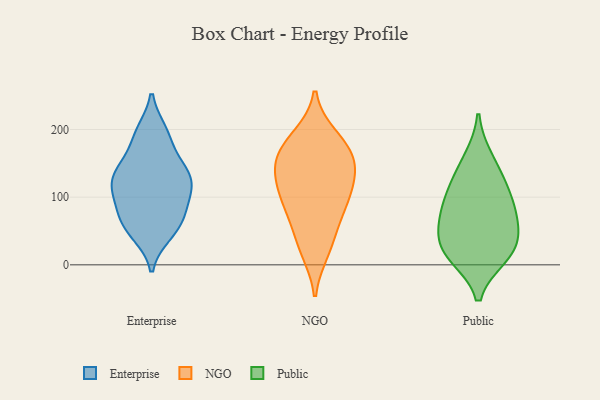
{"axis": {"x": "Budget (USD K)", "y": "Value"}, "legend": ["Enterprise", "NGO", "Public"], "data": [{"x": "", "y": 189, "type": "Enterprise"}, {"x": "", "y": 156, "type": "Enterprise"}, {"x": "", "y": 106, "type": "Enterprise"}, {"x": "", "y": 196, "type": "Enterprise"}, {"x": "", "y": 46, "type": "Enterprise"}, {"x": "", "y": 49, "type": "Enterprise"}, {"x": "", "y": 140, "type": "Enterprise"}, {"x": "", "y": 78, "type": "Enterprise"}, {"x": "", "y": 108, "type": "Enterprise"}, {"x": "", "y": 195, "type": "Enterprise"}, {"x": "", "y": 60, "type": "Enterprise"}, {"x": "", "y": 130, "type": "Enterprise"}, {"x": "", "y": 77, "type": "Enterprise"}, {"x": "", "y": 123, "type": "Enterprise"}, {"x": "", "y": 92, "type": "Enterprise"}, {"x": "", "y": 142, "type": "Enterprise"}, {"x": "", "y": 59, "type": "Enterprise"}, {"x": "", "y": 129, "type": "Enterprise"}, {"x": "", "y": 121, "type": "Enterprise"}, {"x": "", "y": 30, "type": "NGO"}, {"x": "", "y": 108, "type": "NGO"}, {"x": "", "y": 159, "type": "NGO"}, {"x": "", "y": 64, "type": "NGO"}, {"x": "", "y": 110, "type": "NGO"}, {"x": "", "y": 160, "type": "NGO"}, {"x": "", "y": 135, "type": "NGO"}, {"x": "", "y": 21, "type": "NGO"}, {"x": "", "y": 160, "type": "NGO"}, {"x": "", "y": 184, "type": "NGO"}, {"x": "", "y": 96, "type": "NGO"}, {"x": "", "y": 80, "type": "NGO"}, {"x": "", "y": 189, "type": "NGO"}, {"x": "", "y": 137, "type": "NGO"}, {"x": "", "y": 35, "type": "Public"}, {"x": "", "y": 67, "type": "Public"}, {"x": "", "y": 13, "type": "Public"}, {"x": "", "y": 86, "type": "Public"}, {"x": "", "y": 157, "type": "Public"}, {"x": "", "y": 110, "type": "Public"}, {"x": "", "y": 71, "type": "Public"}, {"x": "", "y": 125, "type": "Public"}, {"x": "", "y": 30, "type": "Public"}, {"x": "", "y": 14, "type": "Public"}]}